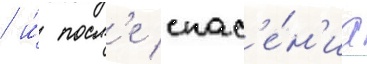
/ и́ посл'е спас'е́н'иа